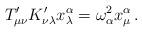
LaTeX: \begin{align*}T'_{\mu\nu} K'_{\nu\lambda} x^\alpha_\lambda = \omega_\alpha^2 x^\alpha_\mu\,.\end{align*}